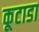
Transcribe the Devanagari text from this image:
कूटाडा